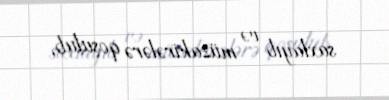
saxlayıb və müzakirələrə qoşulub.